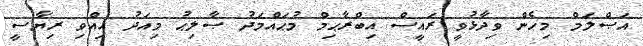
އަޞްލަމް މިހެން ވިދާޅުވީ ރައީސް އިބްރާޙިމް މުޙައްމަދު ޞާލިޙު މިއަދު އިއްވި ރިޔާސީ